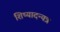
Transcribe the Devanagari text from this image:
शिष्यादन्यत्र